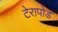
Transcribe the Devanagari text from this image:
टेरापोड